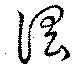
淫